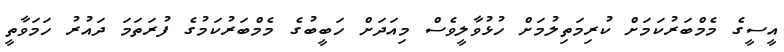
އީސީގެ މެމްބަރުކަމަށް ކުރިމަތިލުމަށް ހުޅުވާލީވެސް މިއަދަށް ހަބީބުގެ މެމްބަރުކަމުގެ ފުރަތަމަ ދައުރު ހަމަވާތީ